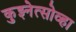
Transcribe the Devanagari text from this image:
कुझ्नेत्सोव्हा